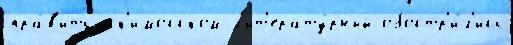
пра́в'ить эск'имосском л'ит'ерату́рный обостр'и́л'ись